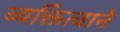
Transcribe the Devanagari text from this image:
व्यक्तित्वाने